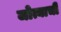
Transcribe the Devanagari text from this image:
जोत्याची